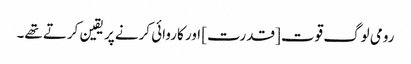
رومی لوگ قوت [قدرت] اور کاروائی کرنے پر یقین کرتے تھے۔